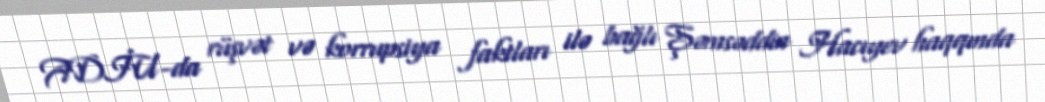
ADİU-da rüşvət və korrupsiya faktları ilə bağlı Şəmsəddin Hacıyev haqqında